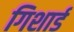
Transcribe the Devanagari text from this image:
गिशार्ड